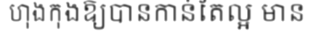
ហុងកុងឱ្យបានកាន់តែល្អ មាន